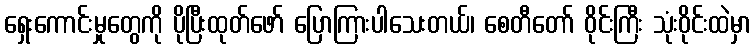
ရှေးကောင်းမှုတွေကို ပိုပြီးထုတ်ဖော် ပြောကြားပါသေးတယ်၊ စေတီတော် ဝိုင်းကြီး သုံးဝိုင်းထဲမှာ